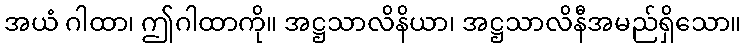
အယံ ဂါထာ၊ ဤဂါထာကို။ အဋ္ဌသာလိနိယာ၊ အဋ္ဌသာလိနီအမည်ရှိသော။